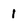
Character: 1